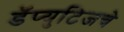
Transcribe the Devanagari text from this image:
डॅप्युटिजचे